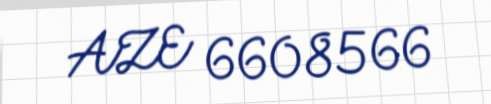
AZE 6608566